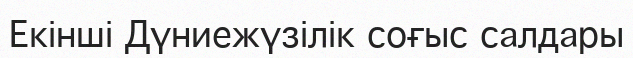
Екінші Дүниежүзілік соғыс салдары